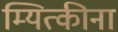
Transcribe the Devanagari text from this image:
म्यित्कीना